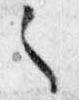
之